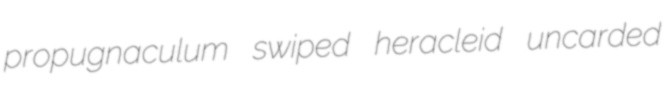
propugnaculum swiped heracleid uncarded